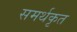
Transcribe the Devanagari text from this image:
समर्थकृत